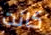
كانت